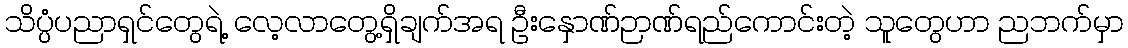
သိပ္ပံပညာရှင်တွေရဲ့ လေ့လာတွေ့ရှိချက်အရ ဦးနှောဏ်ဉာဏ်ရည်ကောင်းတဲ့ သူတွေဟာ ညဘက်မှာ